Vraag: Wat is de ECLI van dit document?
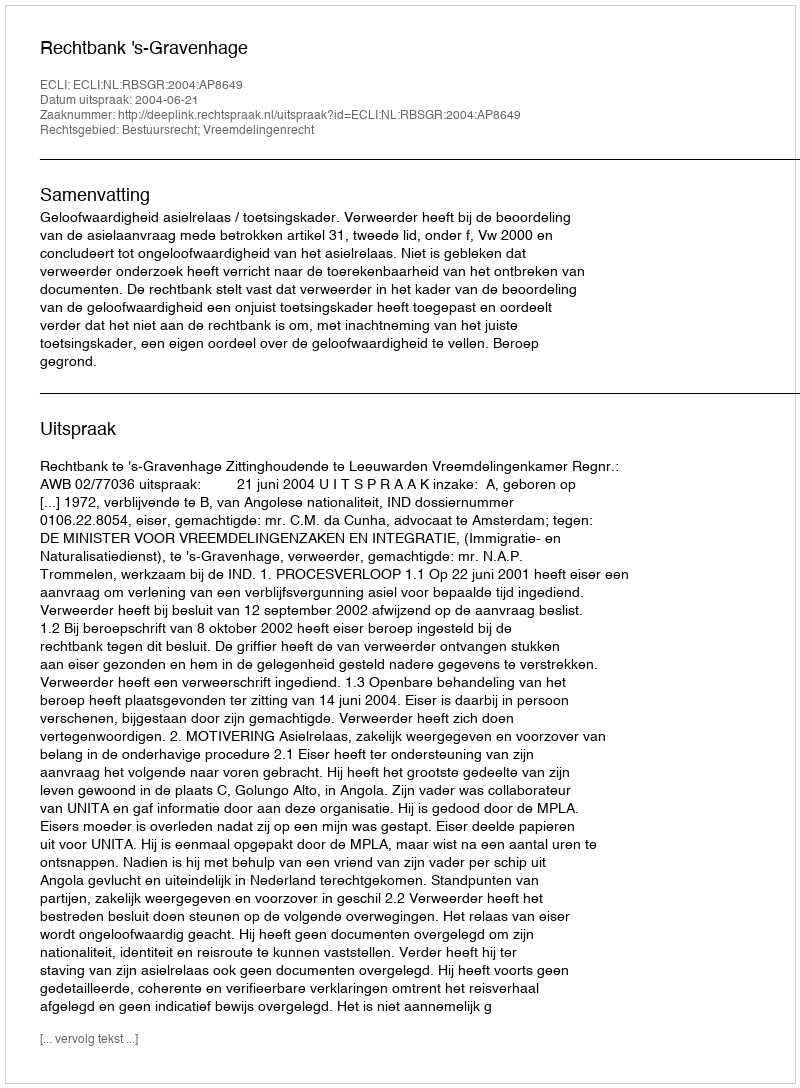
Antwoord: ECLI:NL:RBSGR:2004:AP8649